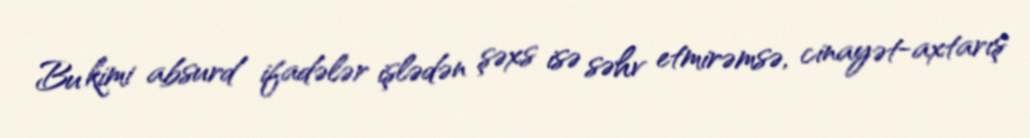
Bu kimi absurd ifadələr işlədən şəxs isə səhv etmirəmsə, cinayət-axtarış